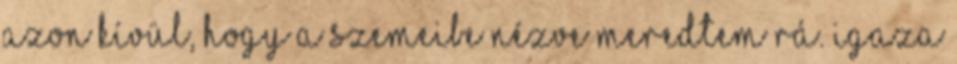
azon kívül, hogy a szemeibe nézve meredtem rá. Igaza